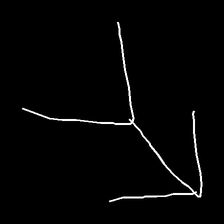
Glyph: gather